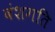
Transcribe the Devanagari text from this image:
वंशगति